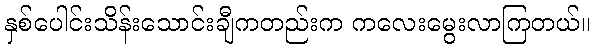
နှစ်ပေါင်းသိန်းသောင်းချီကတည်းက ကလေးမွေးလာကြတယ်။